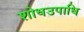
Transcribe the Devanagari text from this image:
शोधउपाधि